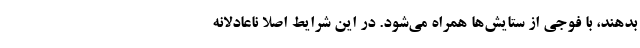
بدهند، با فوجی از ستایش‌ها همراه می‌شود. در این شرایط اصلا ناعادلانه